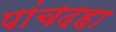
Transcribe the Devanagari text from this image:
पांचदहा